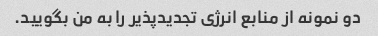
دو نمونه از منابع انرژی تجدیدپذیر را به من بگویید.